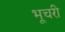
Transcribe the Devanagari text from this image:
भूचरी